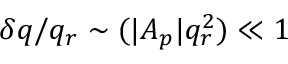
\delta q / q _ { r } \sim ( | A _ { p } | q _ { r } ^ { 2 } ) \ll 1